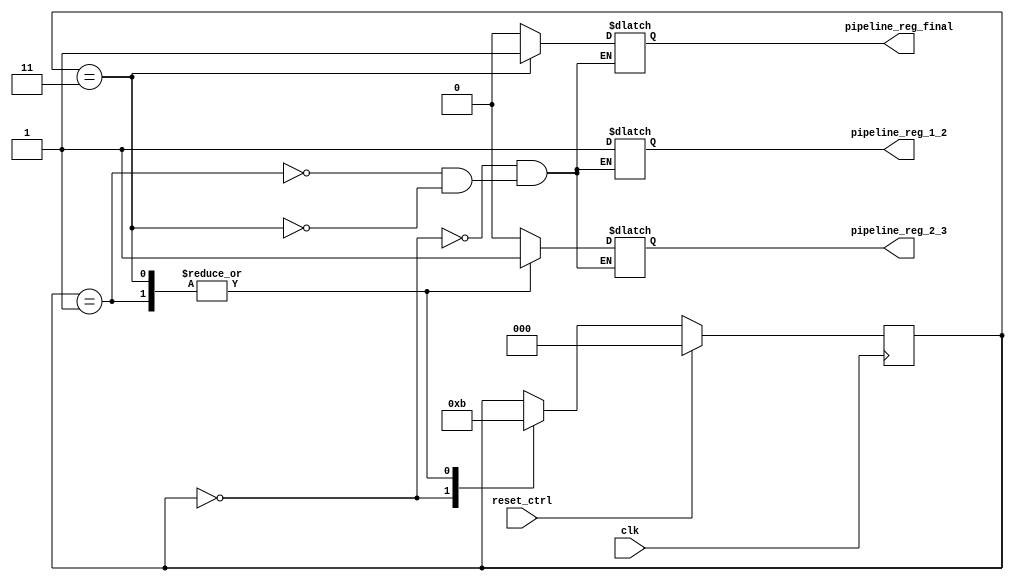
module control_unit (
  input clk, reset_ctrl,
  output reg pipeline_reg_1_2, pipeline_reg_2_3, pipeline_reg_final
  );

  localparam start_1 = 0, start_2 = 1;
  localparam main = 3;
  reg [2:0] state;

  always @ (posedge clk) begin
    if(reset_ctrl)
      state <= start_1;
    else begin
      case (state)
        start_1   : state <= start_2;
        start_2   : state <= main;
        main      : state <= main;
      endcase
    end
  end

  always @ ( * ) begin
    case (state)
      start_1 : begin
        pipeline_reg_1_2 <= 1'b1;
        pipeline_reg_2_3 <= 1'b0;
        pipeline_reg_final <= 1'b0;
      end
      start_2 : begin
        pipeline_reg_1_2 <= 1'b1;
        pipeline_reg_2_3 <= 1'b1;
        pipeline_reg_final <= 1'b0;
      end
      main : begin
        pipeline_reg_1_2 <= 1'b1;
        pipeline_reg_2_3 <= 1'b1;
        pipeline_reg_final <= 1'b1;
      end
    endcase
  end
endmodule